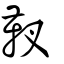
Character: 靫